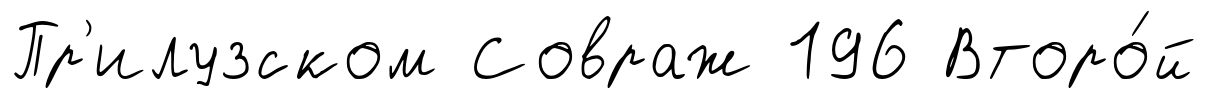
Пр'илузском Совраж 196 Второ́й